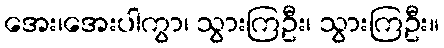
အေး၊အေးပါကွာ၊ သွားကြဦး၊ သွားကြဦး။